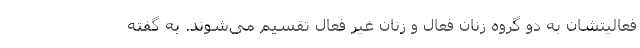
فعالیتشان به دو گروه زنان فعال و زنان غیر فعال تقسیم می‌شوند. به گفته